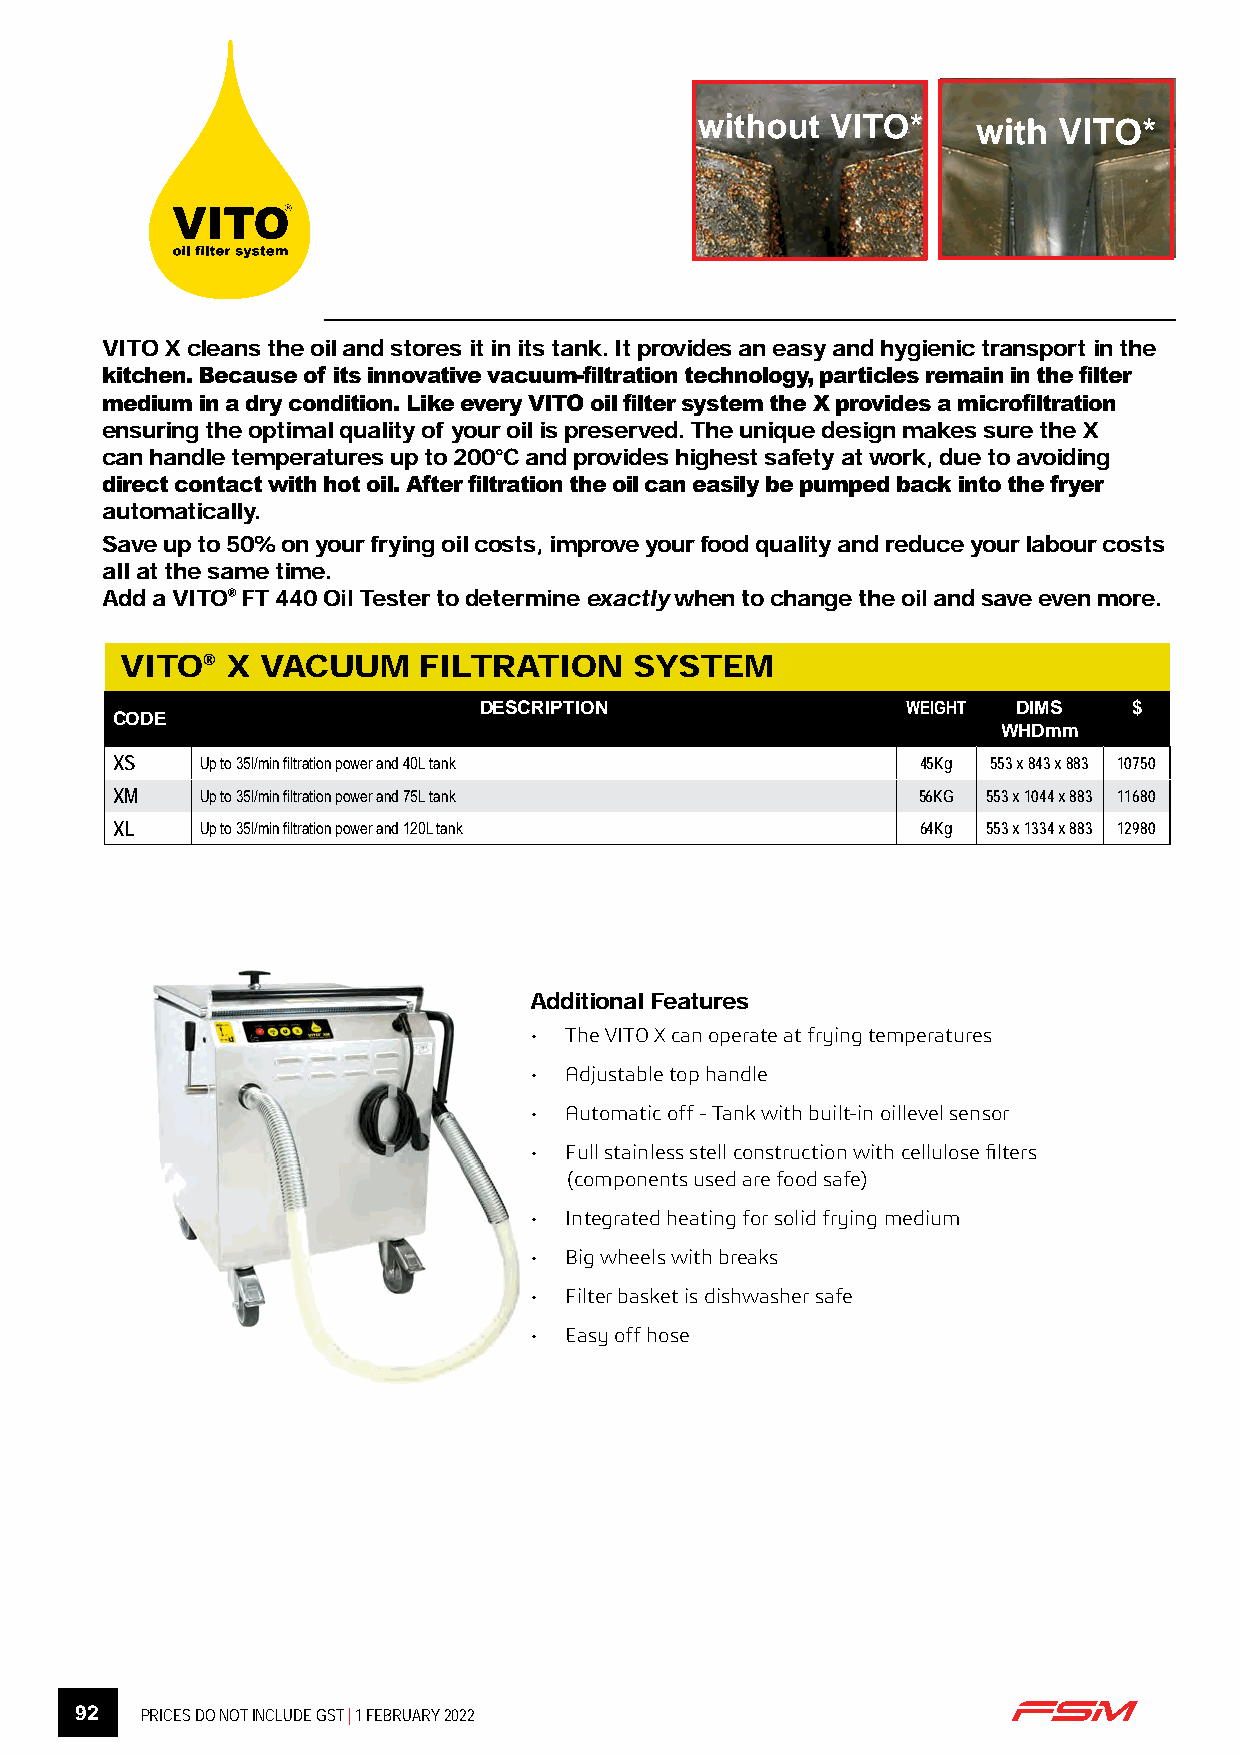
without  VITO*     with VITO*
 VITO X cleans the oil and stores it in its tank. It provides an easy and hygienic transport in the
 kitchen. Because of its innovative vacuum-filtration technology, particles remain in the filter
 medium in a dry condition. Like every VITO oil filter system the X provides a microfiltration
 ensuring the optimal quality of your oil is preserved. The unique design makes sure the X
 can handle temperatures up to 200°C and provides highest safety at work, due to avoiding
 direct contact with hot oil. After filtration the oil can easily be pumped back into the fryer
 automatically.
 Save up to 50% on your frying oil costs, improve your food quality and reduce your labour costs
 all at the same time.
 Add a VITO® FT 440 Oil Tester to determine exactly when to change the oil and save even more.
 VITO®  X VACUUM     FILTRATION    SYSTEM
 DESCRIPTION                 WEIGHT DIMS    $
 CODE
 WHDmm
 XS    Up to 35l/min filtration power and 40L tank     45Kg 553 x 843 x 883 10750
 XM    Up to 35l/min filtration power and 75L tank     56KG 553 x 1044 x 883 11680
 XL    Up to 35l/min filtration power and 120L tank    64Kg 553 x 1334 x 883 12980
 Additional Features
 • The VITO X can operate at frying temperatures
 • Adjustable top handle
 • Automatic off - Tank with built-in oillevel sensor
 • Full stainless stell construction with cellulose filters
 (components used are food safe)
 • Integrated heating for solid frying medium
 • Big wheels with breaks
 • Filter basket is dishwasher safe
 • Easy off hose
 92  PRICES DO NOT INCLUDE GST | 1 FEBRUARY 2022